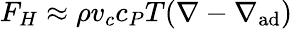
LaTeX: F_{H}\approx\rho v_{c}c_{P}T(\nabla-\nabla_{\mathrm{ad}})